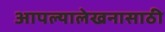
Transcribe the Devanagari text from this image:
आपल्यालेखनासाठी